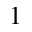
^ { 1 }